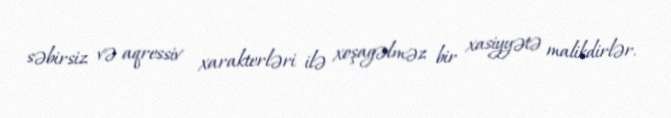
səbirsiz və aqressiv xarakterləri ilə xoşagəlməz bir xasiyyətə malikdirlər.